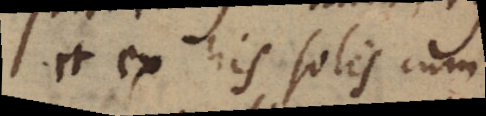
et ex his solis cum